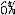
6%